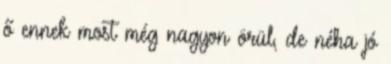
ő ennek most még nagyon örül, de néha jó